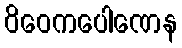
ဝိဝေကပေါဏေန